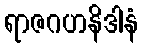
ရာဇဂဟနိဒါနံ